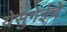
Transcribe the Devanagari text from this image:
येसुगेईचे